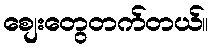
စျေးတွေတက်တယ်။